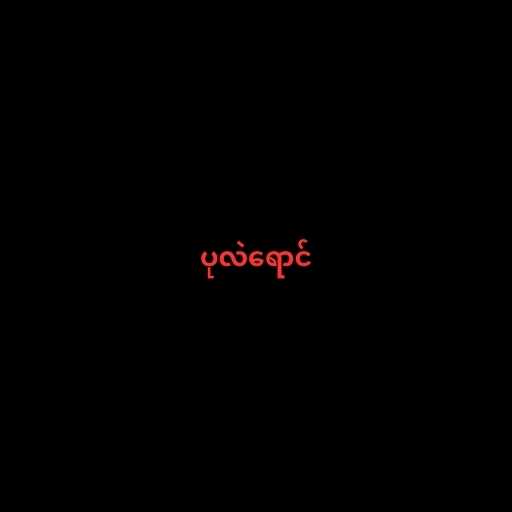
ပုလဲရောင်